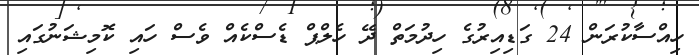
ހިއްސާކުރަން 24 ގަޑިއިރުގެ ހިދުމަތް ދޭ ހެލްޕް ޑެސްކެއް ވެސް ހައި ކޮމިޝަނުގައި